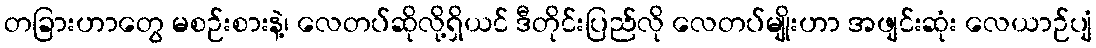
တခြားဟာတွေ မစဉ်းစားနဲ့၊ လေတပ်ဆိုလို့ရှိယင် ဒီတိုင်းပြည်လို လေတပ်မျိုးဟာ အဖျင်းဆုံး လေယာဉ်ပျံ